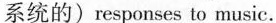
系统的)responses to musi.